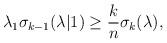
LaTeX: \begin{align*}\lambda_1 \sigma_{k-1}(\lambda|1) \geq \frac{k}{n} \sigma_k (\lambda), \end{align*}